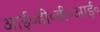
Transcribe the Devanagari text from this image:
आई॰डी॰बी॰आई॰